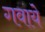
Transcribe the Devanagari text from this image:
गवाये